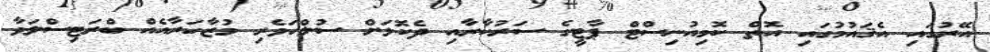
އޭރުގައި އެޤައުމުގައި އޮތް ކޮމިއުނިސްޓް ޕާޓީގެ ސަރުކާރާއި ދެކޮޅަށް ސުލްހަވެރި މުޒާހަރާއެއް ބްރަޓިސްލަވާ